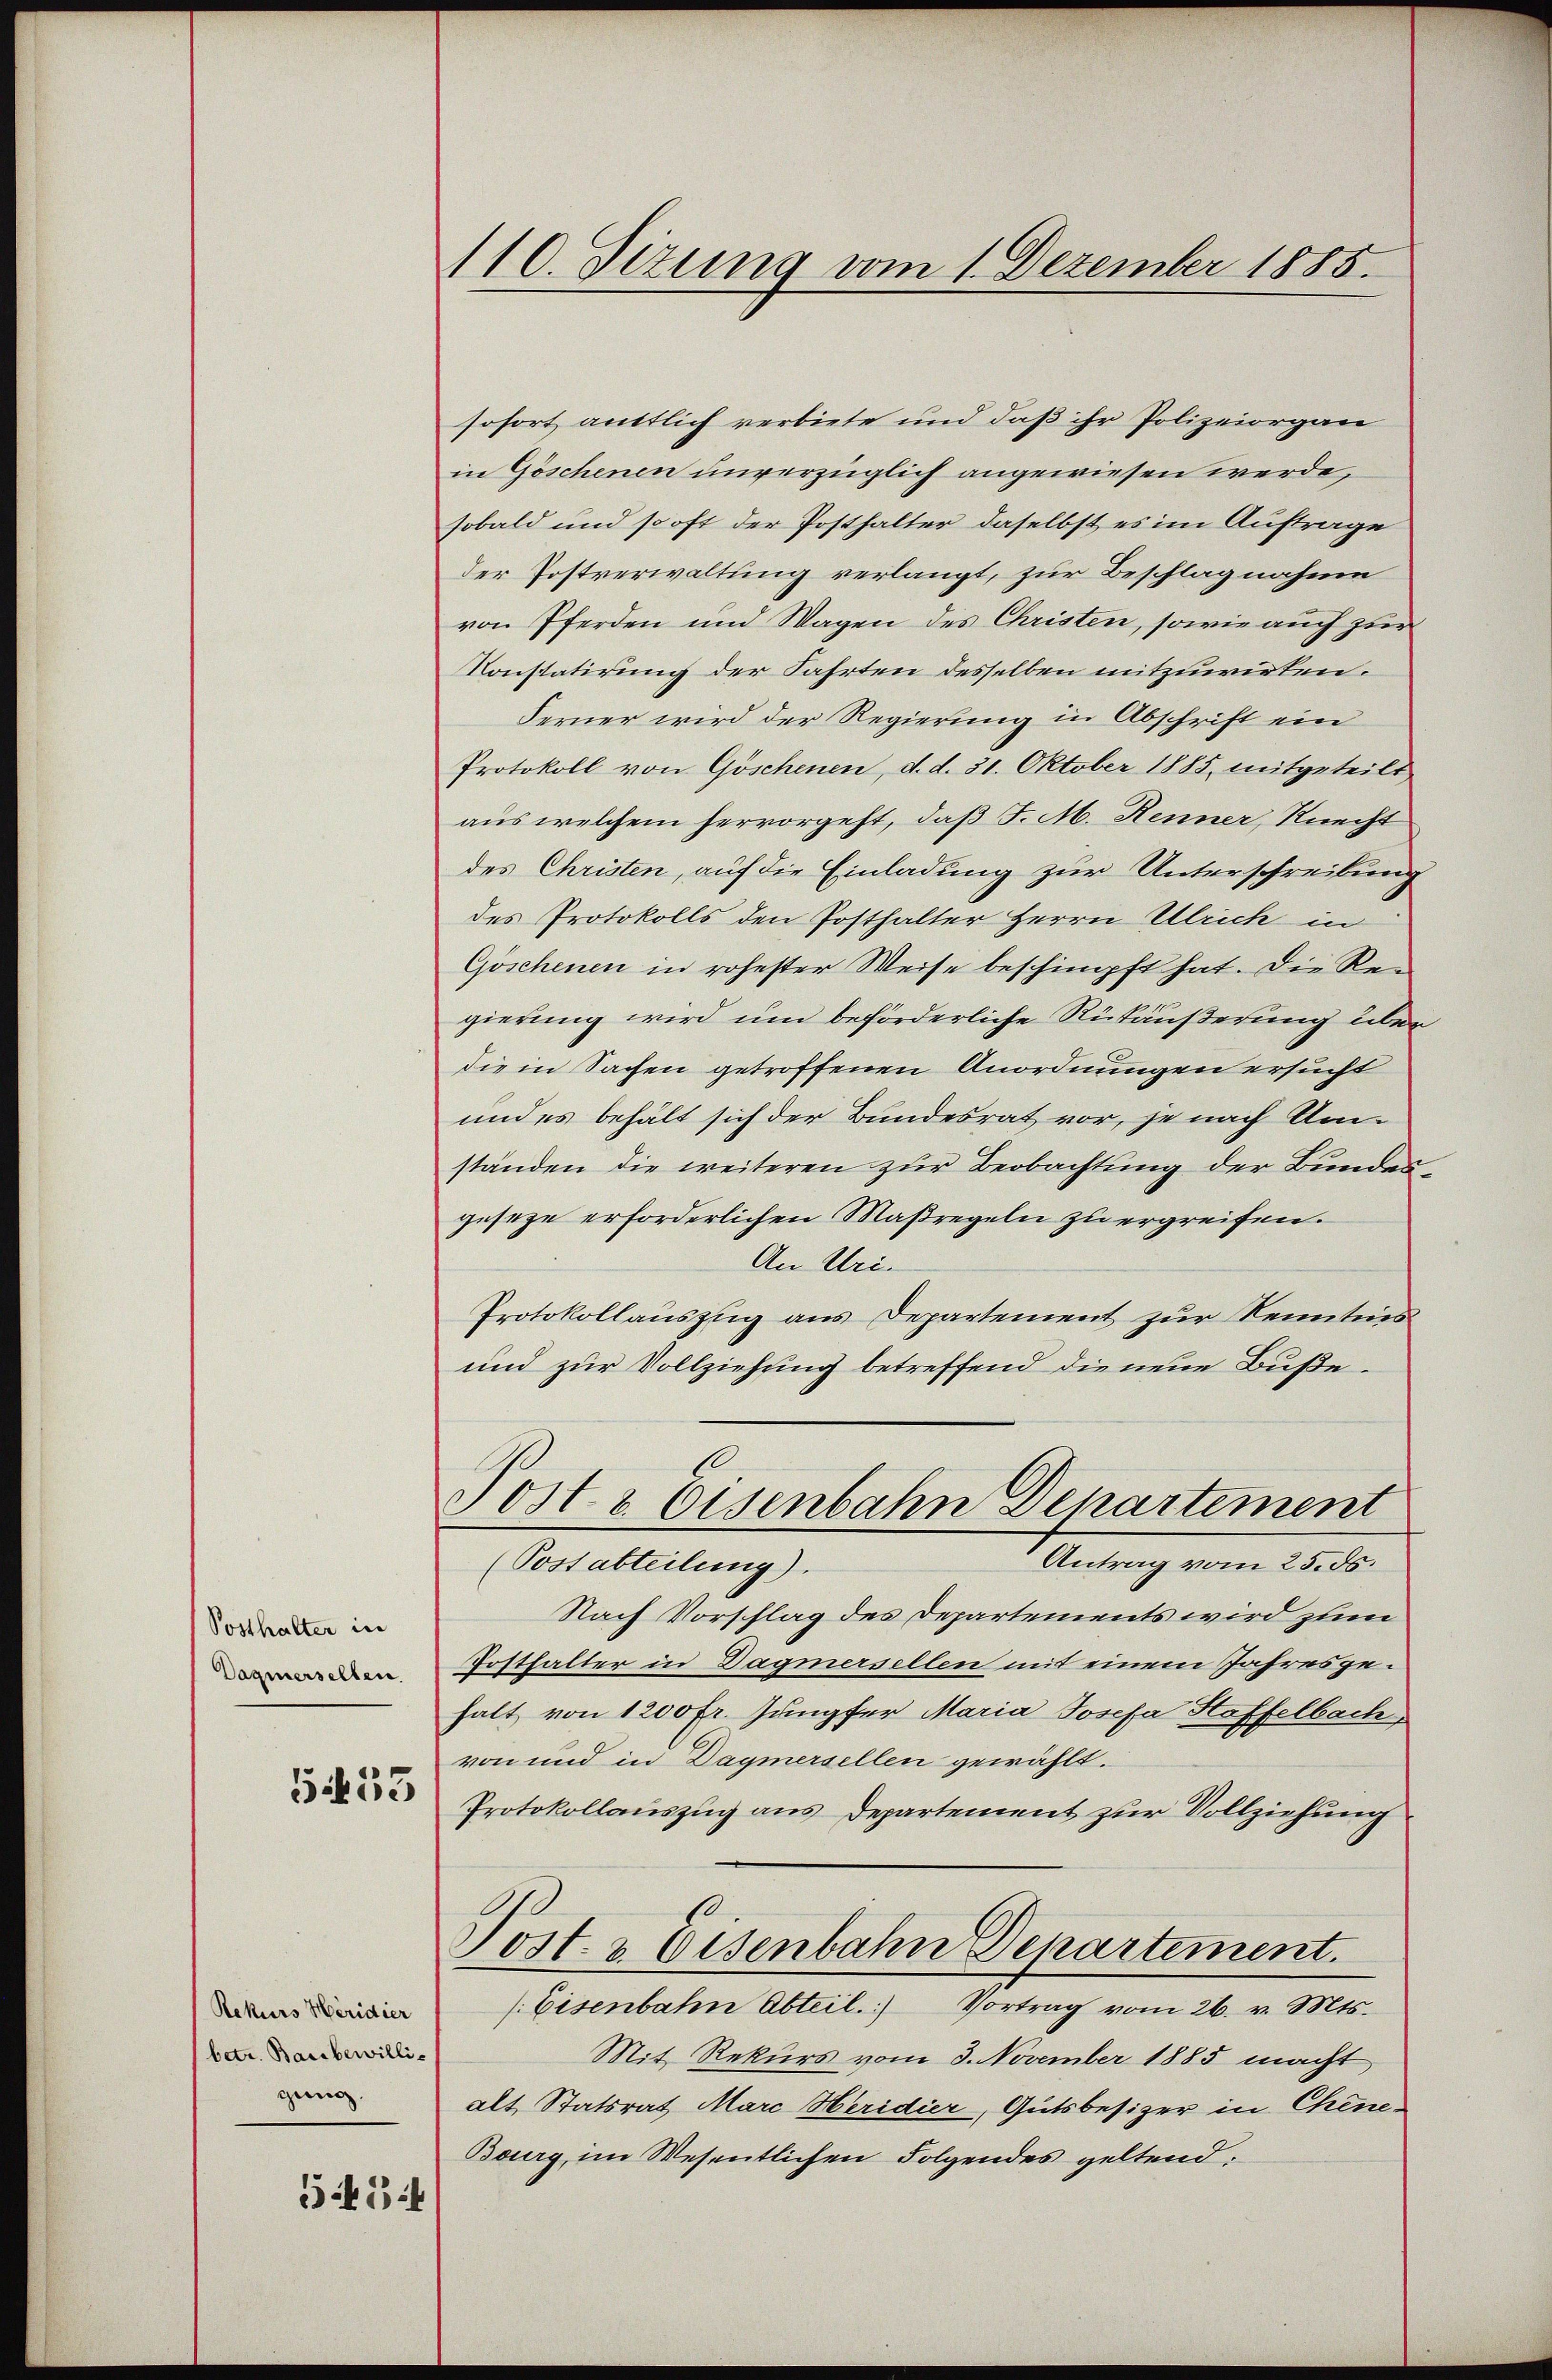
Posthalter in
Dagnerselben.

553

Rekurs Heridier
betr. Baubewilli-
gung.

554

110. Sizung vom 1. Dezember 1885.

sofort anttlich verbiete und daß ihr Polizeiorgan
in Göschenen unverzüglich angewiesen werde,
sobald und so oft der Posthalter daselbst es im Auftrage
der Postverwaltung verlangt, zur Beschlagnahme
von Pferden und Wagen des Christen, sowie auch zur
Konstatirung der Fahrten desselben mitzuwieten.
Ferner wird der Regierung in Abschrift ein
Protokoll von Göschenen, d. d. 31. Oktober 1885, mitgeteilt
aus welchem hervorgeht, daß J. M. Renner, Knecht
des Christen, auf die Einladung zur Unterschreibung
des Protokolls den Posthalter Herrn Ulrich in
Göschenen in rohester Weise beschimpft hat. Die Rei
gierung wird um beförderliche Rückäußerung über
die in Sachen getroffenen Anordnungen ersucht
und es behält sich der Bundesrat vor, je nach Umständen die weiteren zur Beobachtung der Bunden
geseze erforderlichen Maßregeln zu ergreifen.
An Uri.
Protokollauszug aus Departement zur Kenntnis
und zur Vollziehung betreffend die neue Buße.
Post & Eisenbahn Departement
Antrag vom 25. ds.
(Postabteilung).
Nach Vorschlag des Departements wird zum
Posthalter in Dagmersellen mit einem Jahresgehalt von 1200 Fr. Jungfer Maria Josefa Hoffelbach
von und in Dagmersellen gewählt.
Protokollauszug aus Departement zur Vollziehung
Post & Eisenbahn Departement.
/ Eisenbahn Abteil. Vortrag vom 26. v. Mts.
Mit Rekurs vom 3. November 1885 macht
alt, Statsrat Marc Heridier, Gutsbesizer in Chine
Bourg, im Wesentlichen Folgendes geltend,